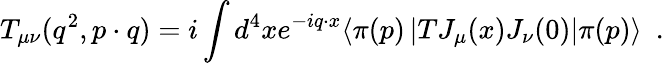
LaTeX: T_{\mu\nu}(q^{2},p\cdot q)=i\int d^{4}xe^{-iq\cdot x}\langle\pi(p)\left|TJ_{\mu}(x)J_{\nu}(0)\right|\pi(p)\rangle\ \ .